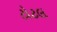
ટોટલ